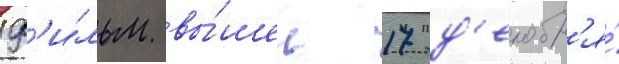
Ф'и́льм вы́шел 17 д'екабр'я́